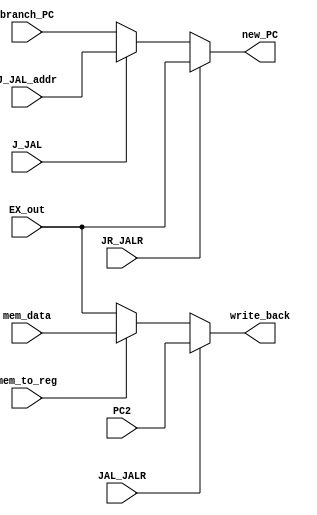
//////////////////////////////////////////////
// Project      : WiscSP13 - Unpipelined    //
// Module       : WB_top                    //
// Descrption   : Writes back data to reg   //
//////////////////////////////////////////////

module WB_top ( branch_PC, J_JAL_addr, EX_out, mem_data, PC2, mem_to_reg, J_JAL, JR_JALR, JAL_JALR, new_PC, write_back);

/*****************************************************|
|********* Input/ Output Signal Declarations *********|
|*****************************************************/
    //Input CLK & RST
		//None

    //Input Signals
    input   wire    [15:0]  branch_PC,
                            J_JAL_addr,
                            EX_out,
                            mem_data,
                            PC2;

    //Input Control Signals
    input   wire            mem_to_reg,
                            J_JAL,
                            JR_JALR,
                            JAL_JALR;
    
    //Output Signals
    output  wire    [15:0]  new_PC,
                            write_back;
    
/*****************************************************|
|********** Internal Signal Declarations *************|
|*****************************************************/
	wire    [15:0]  branch_J,
                    mem_EX;

/*****************************************************|
|********* Internal Module Instantitations ***********|
|*****************************************************/
	//None

/*****************************************************|
|***************** Internal Logic ********************|
|*****************************************************/
    assign mem_EX = mem_to_reg ? mem_data : EX_out;
    assign branch_J = J_JAL ? J_JAL_addr : branch_PC; 

    assign new_PC = JR_JALR ? EX_out : branch_J;	
    assign write_back = JAL_JALR ? PC2 : mem_EX;

endmodule